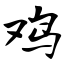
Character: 鸡